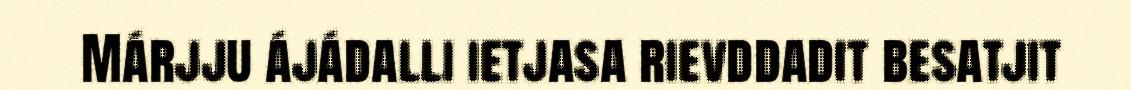
Márjju ájádalli ietjasa rievddadit besatjit